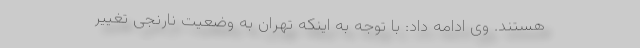
هستند. وی ادامه داد: با توجه به اینکه تهران به وضعیت نارنجی تغییر